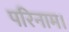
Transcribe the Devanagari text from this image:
परिनाम।